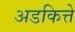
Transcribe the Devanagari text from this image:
अडकित्ते